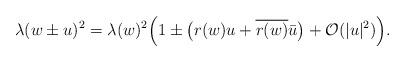
LaTeX: \begin{align*}\lambda(w\pm u)^2=\lambda(w)^2\Big(1\pm \big(r(w)u +\overline{r(w)}\bar{u}\big)+\mathcal{O}(|u|^2)\Big). \end{align*}